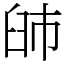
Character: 䑔